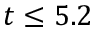
t \leq 5 . 2